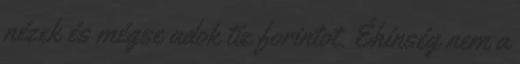
nézek és mégse adok tíz forintot. Éhínség nem a